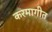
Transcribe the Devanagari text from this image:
करमागीत